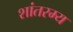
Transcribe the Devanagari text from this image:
शांतरम्य